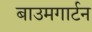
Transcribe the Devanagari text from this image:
बाउमगार्टन